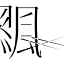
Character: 𩘸